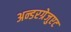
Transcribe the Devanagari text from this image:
अन्डरग्रेजुएट